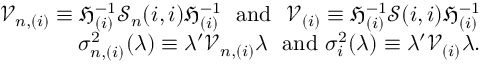
\begin{array} { r l r } & { } & { \mathcal { V } _ { n , ( i ) } \equiv \mathfrak { H } _ { ( i ) } ^ { - 1 } \mathcal { S } _ { n } ( i , i ) \mathfrak { H } _ { ( i ) } ^ { - 1 } \mathrm { ~ \ a n d ~ \ } \mathcal { V } _ { ( i ) } \equiv \mathfrak { H } _ { ( i ) } ^ { - 1 } \mathcal { S } ( i , i ) \mathfrak { H } _ { ( i ) } ^ { - 1 } } \\ & { } & { \sigma _ { n , ( i ) } ^ { 2 } ( \lambda ) \equiv \lambda ^ { \prime } \mathcal { V } _ { n , ( i ) } \lambda \mathrm { ~ \ a n d ~ } \sigma _ { i } ^ { 2 } ( \lambda ) \equiv \lambda ^ { \prime } \mathcal { V } _ { ( i ) } \lambda . } \end{array}